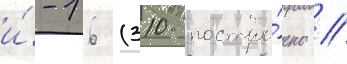
и́-16 (310 постро́ено /